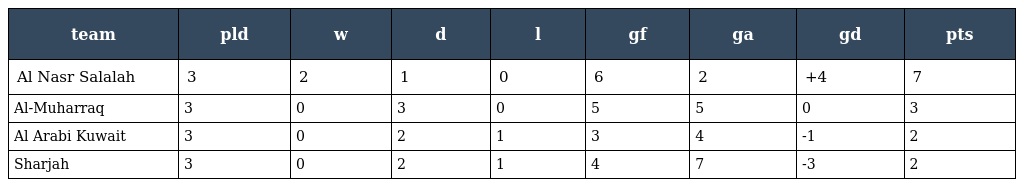
| team | pld | w | d | l | gf | ga | gd | pts |
 | --- | --- | --- | --- | --- | --- | --- | --- | --- |
 | Al Nasr Salalah | 3 | 2 | 1 | 0 | 6 | 2 | +4 | 7 |
 | Al-Muharraq | 3 | 0 | 3 | 0 | 5 | 5 | 0 | 3 |
 | Al Arabi Kuwait | 3 | 0 | 2 | 1 | 3 | 4 | -1 | 2 |
 | Sharjah | 3 | 0 | 2 | 1 | 4 | 7 | -3 | 2 |